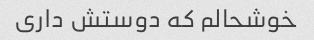
خوشحالم که دوستش داری